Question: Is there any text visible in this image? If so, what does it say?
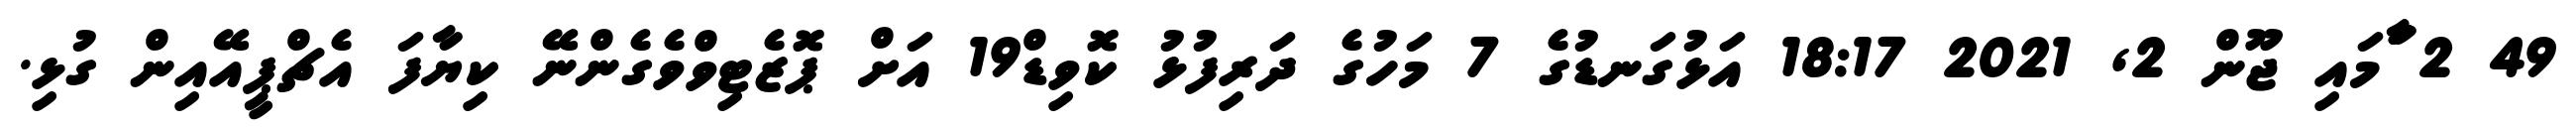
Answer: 49 2 ާަަމައި ޖޫން 2, 2021 18:17 އަޅުގަނޑުގެ 7 މަހުގެ ދަރިފުޅު ކޮވިޑް19 އަށް ޕޮޒެޓިވްވެގެންނޭ ކިޔާފަ އެޗްޕީއޭއިން ގުޅި.